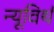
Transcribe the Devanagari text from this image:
न्यूविर्थ